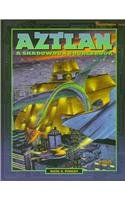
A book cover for Aztlan: A Shadowrun Sourcebook (Shadowrun 7213); Nigel D. Findley; Science Fiction & Fantasy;